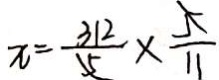
x = \frac { 3 1 2 } { 5 } \times \frac { 5 } { 1 1 }